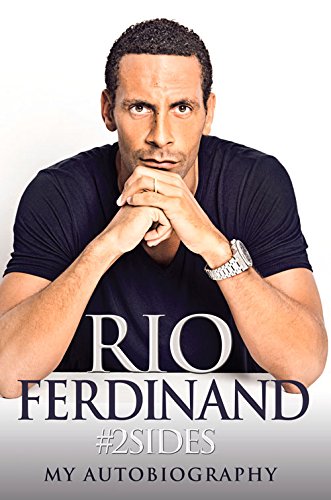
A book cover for #2Sides: My Autobiography; Rio Ferdinand; Biographies & Memoirs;